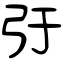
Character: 弙